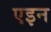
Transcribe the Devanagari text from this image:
एइन